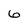
Character: 6